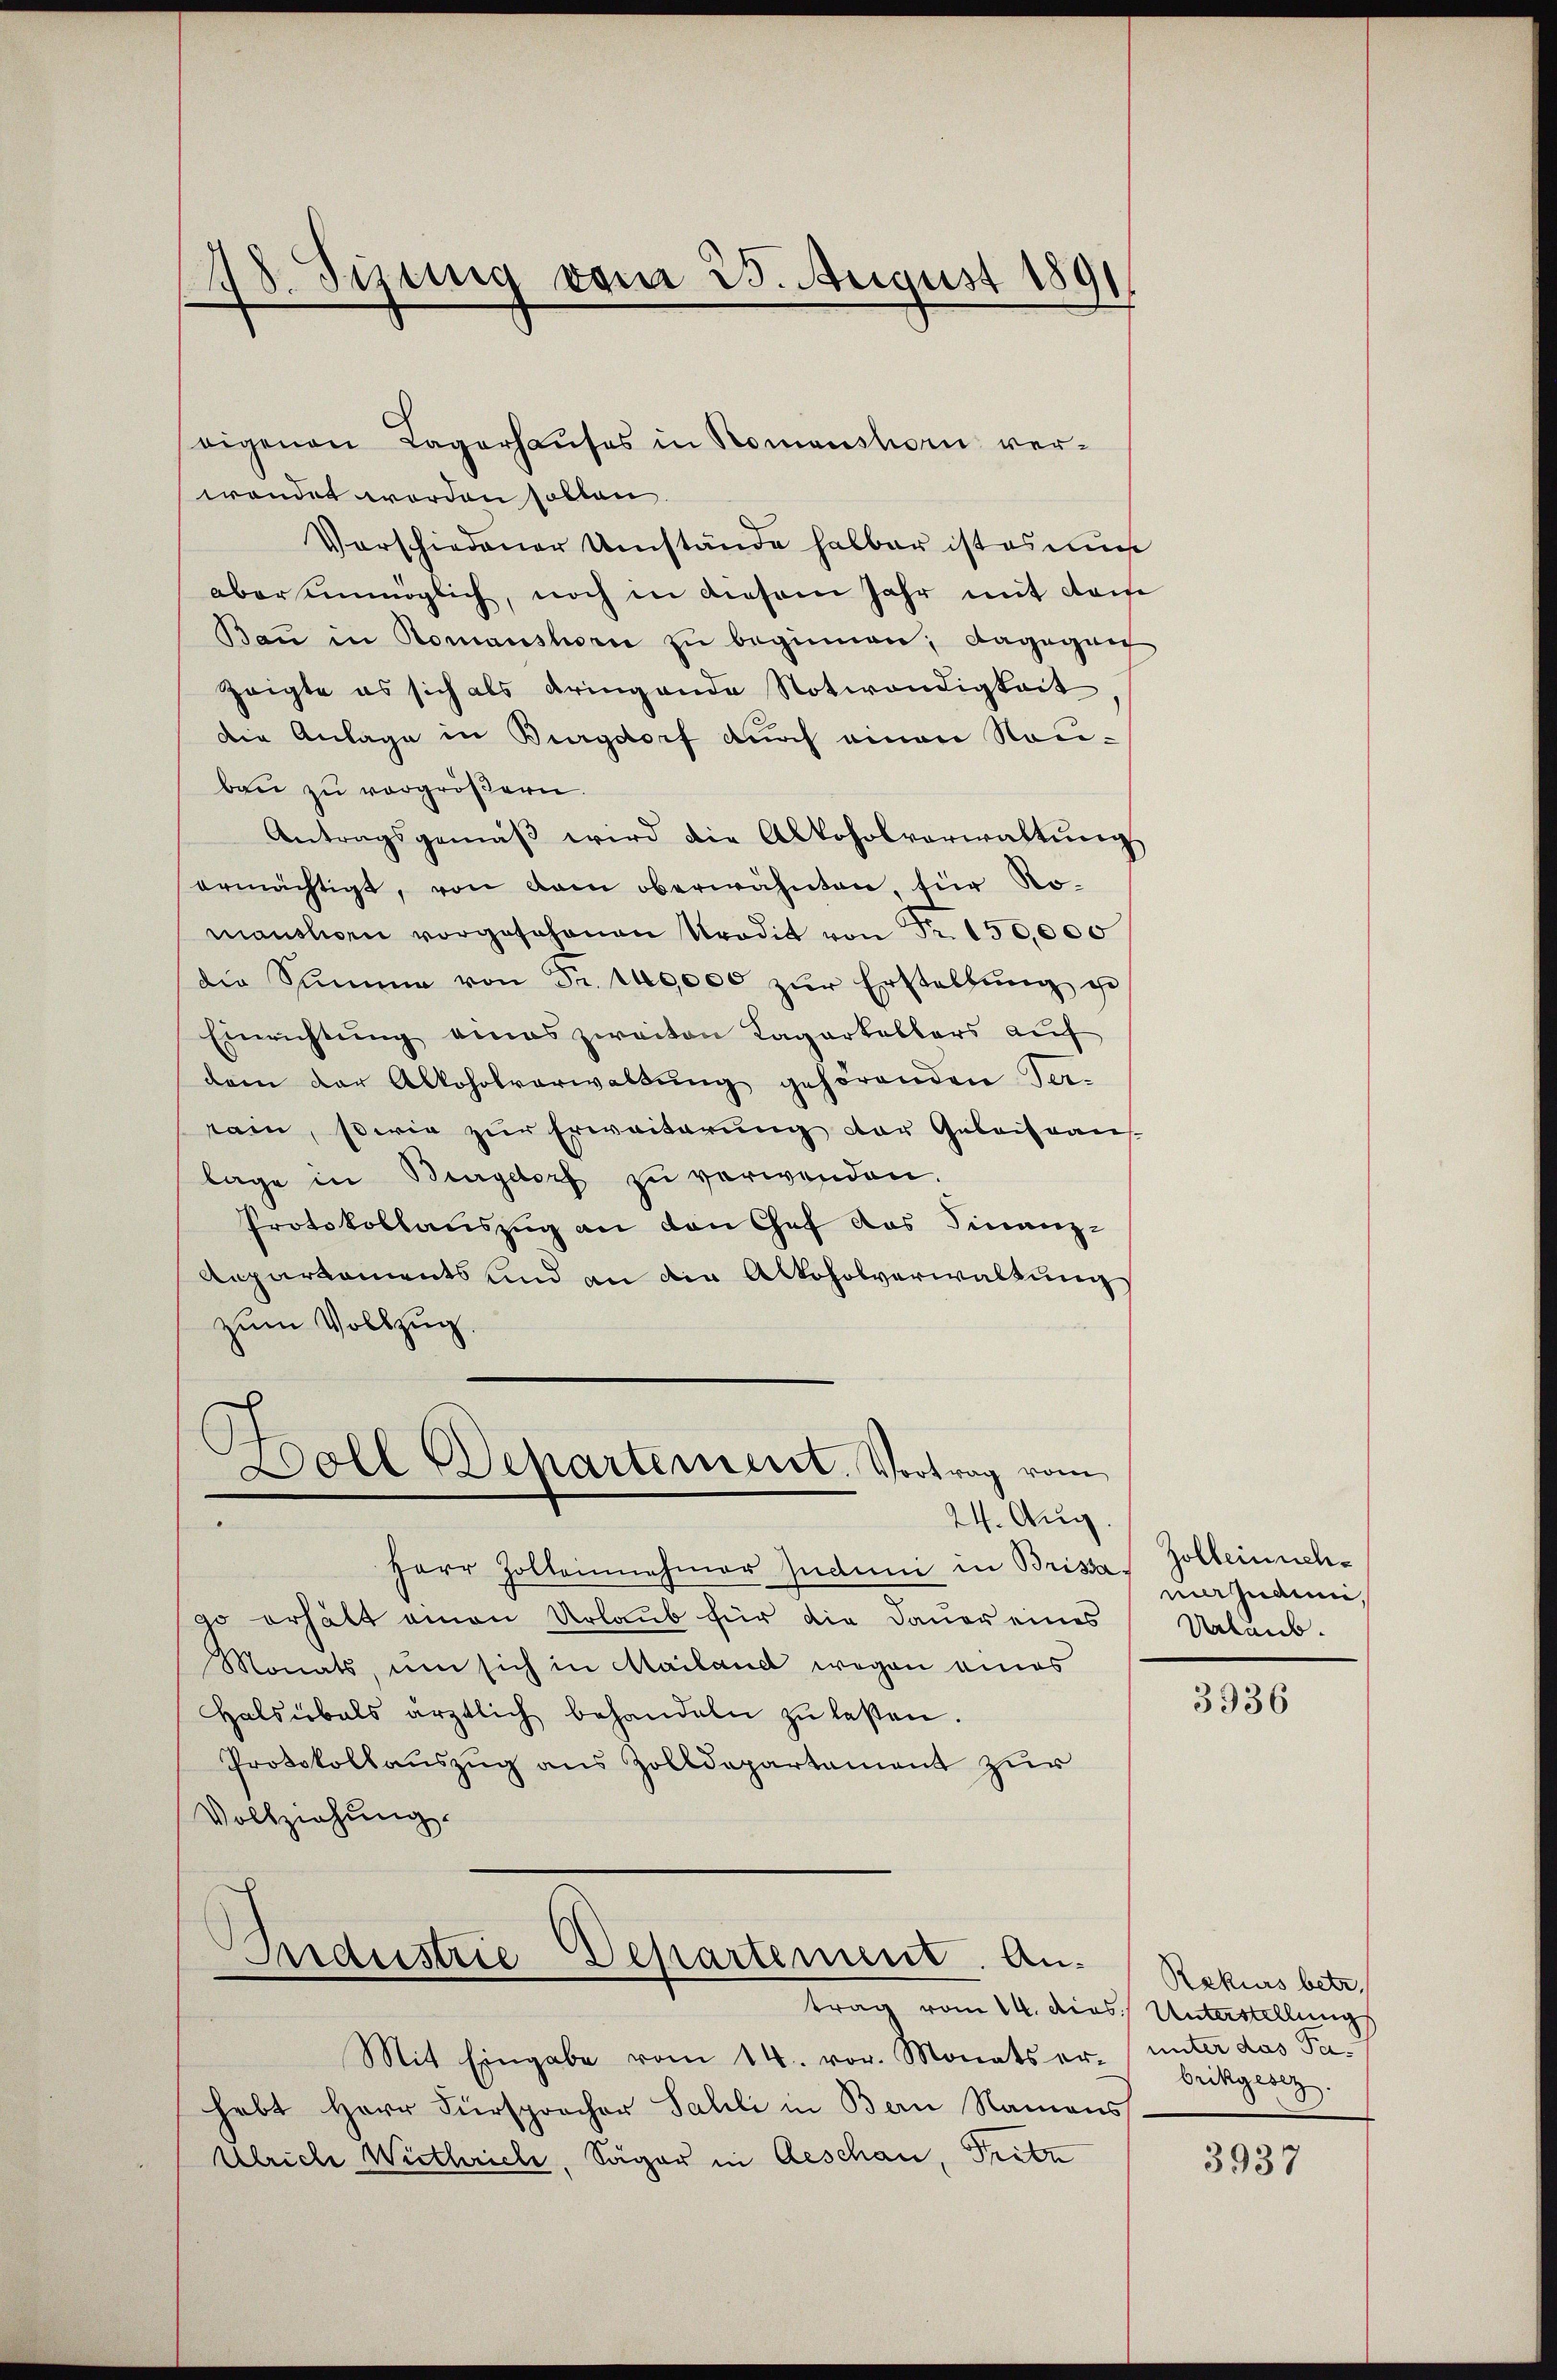
28. Jeung vom 25. August 1891.

eigenen Lagerhaŭses in Romanshorn verwendet worden sollen.
Vorschiedener Umstände halber ist es nun
aber unmöglich, noch in diesem Jahr mit dem
Bau in Romanshorn zu beginnen; dagegen
zeigte es sich als dringende Notwendigkeit
die Anlage in Burgdorf durch einen Nauban zu vergrößern.
Antragsgemäβ wird die Alkoholverwaltŭng
ermächtigt, von dem oberwähnten, für Ro-
manchorn vorgesehenen Predit von Nr. 150,000
die Summe von Fr. 10000 zŭr Erstellŭng u
Einrichtŭng eines zweiten Lagarkellers aŭf
dem der Alkoholverwaltung gehörenden Ter-
rain, sowie zur Erweiterung der Geleiseans
lage in Burgdorf zu verwenden.
Protokollauszug an den Chef das Finanz-
Anpartaments und an die Alkoholverwaltungs
zum Vollzug.
Doll Departement. Vortrag vom

24. Aug.

Herr Zolleinehmer Juduni in Brissa Zolleinsch-
go erhält einen Urlaub für die Dauer eines
Monats, um sich in Mailand wegen eines
Halsübals ärztlich behandeln zŭ lassen.
Protokollauszug aus Zolldepartement zur
Vollziehung.

Industrie Departement. An-

Mit Eingabe vom 14. vor. Monats er- unter das Pahabt Herr Fürsprocher Sahli in Bern Namens
Ulriche Wirthrich, Säger in Aeschau, Tretz

merzudini,
Urlaub.

3936

Rekurs betr.
trag vom 14. dies. Unterstellung
brikgesez

3937